General report no. 6 on the lunatic asylums, vaccination and dispensaries in the Bengal Presidency, 1873 -
Year: 1873
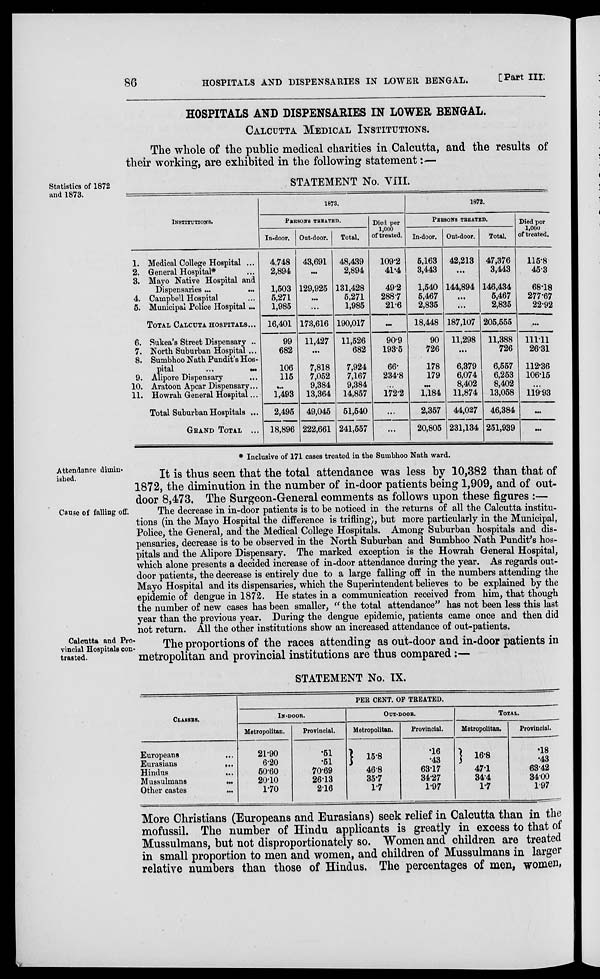
86
HOSPITALS AND DISPENSARIES IN LOWER BENGAL.
[Part III.
HOSPITALS AND DISPENSARIES IN LOWER BENGAL.
CALCUTTA MEDICAL INSTITUTIONS.
The whole of the public medical charities in Calcutta, and the results of
their working, are exhibited in the following statement:—
Statistics of 1872
and 1873.
STATEMENT No. VIII.
INSTITUTIONS.
1. Medical College Hospital ...
2. General Hospital* ...
3. Mayo Native Hospital and
Dispensaries ...
4. Campbell Hospital ...
5. Municipal Police Hospital...
TOTAL CALCUTA HOSPITALS...
6. Sukea's Street Dispensary ..
7. North Suburban Hospital ...
8. Sumbhoo Nath Pundit's Hos-
pital
...
...
9. Alipore Dispensary ...
10. Aratoon Apcar Dispensary...
11. Howrah General Hospital...
Total Suburban Hospitals ...
GRAND TOTAL ...
1873.
PERSONS TREATED.
In-door.
4,748
2,894
1,503
5,271
1,985
16,401
99
682
106
115
...
1,493
2,495
18,896
Out-door.
43,691
...
129,925
...
...
173,616
11,427
...
7,818
7,052
9,384
13,364
49,045
222,661
Total.
48,439
2,894
131,428
5,271
1,985
190,017
11,526
682
7,924
7,167
9,384
14,857
51,540
241,557
Died per
1,000
of treated.
109.2
41.4
49.2
288.7
21.6
...
90.9
193.5
66.
234.8
...
172.2
...
...
1873.
PERSONS TREATED.
In-door.
5,163
3,443
1,540
5,467
2,835
18,448
90
726
178
179
...
1,184
2,357
20,805
Out-door.
42,213
...
144,894
...
...
187,107
11,298
...
6,379
6,074
8,402
11,874
44,027
231,134
Total.
47,376
3,443
146,434
5,467
2,835
205,555
11,388
726
6,557
6,253
8,402
13,058
46,384
251,939
Died per
1,000
of treated.
115.8
45.3
68.18
277.67
22.92
...
111.11
26.31
112.36
106.15
...
11993
...
...
* Inclusive of 171 cases treated in the Sumbhoo Nath ward.
Attendance dimin-
ished.
It is thus seen that the total attendance was less by 10,382 than that of
1872, the diminution in the number of in-door patients being 1,909, and of out-
door 8,473. The Surgeon-General comments as follows upon these figures :—
Cause of falling off.
The decrease in in-door patients is to be noticed in the returns of all the Calcutta institu-
tions (in the Mayo Hospital the difference is trifling), but more particularly in the Municipal,
Police, the General, and the Medical College Hospitals. Among Suburban hospitals and dis-
pensaries, decrease is to be observed in the North Suburban and Sumbhoo Nath Pundit's hos-
pitals and the Alipore Dispensary. The marked exception is the Howrah General Hospital,
which alone presents a decided increase of in-door attendance during the year. As regards out-
door patients, the decrease is entirely due to a large falling off in the numbers attending the
Mayo Hospital and its dispensaries, which the Superintendent believes to be explained by the
epidemic of dengue in 1872. He states in a communication received from him, that though
the number of new cases has been smaller, "the total attendance" has not been less this last
year than the previous year. During the dengue epidemic, patients came once and then did
not return. All the other institutions show an increased attendance of out-patients.
Calcutta and Pro-
vincial Hospitals con-
trasted.
The proportions of the races attending as out-door and in-door patients in
metropolitan and provincial institutions are thus compared:—
STATEMENT No. IX.
CLASSES.
Europeans ...
Eurasians
...
Hindus
...
Mussulmans
...
Other castes ...
PER CENT. OP TREATED.
IN-DOOR.
Metropolitan.
21.90
6.20
50.60
20.10
1.70
Provincial.
.51
.51
70.69
26.13
2.16
OUT-DOOB.
Metropolitan.
15.8
46.8
35.7
1.7
Provincial.
.16
.43
63.17
34.27
1.97
TOTAL.
Metropolitan.
16.8
47.1
34.4
1.7
Provincial.
.18
.43
63.42
34.00
1.97
More Christians (Europeans and Eurasians) seek relief in Calcutta than in the
mofussil. The number of Hindu applicants is greatly in excess to that of
Mussulmans, but not disproportionately so. Women and children are treated
in small proportion to men and women, and children of Mussulmans in larger
relative numbers than those of Hindus. The percentages of men, women,